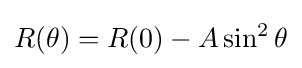
R(\theta )=R(0)-A\sin ^{2}\theta